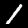
Digit: 1